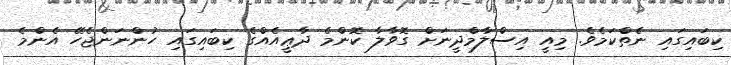
ކިބައިގައި ނެތްކަމެވެ. މިއީ އިސްލާމްދީނަށް ގޮވާލާ ކޮންމެ ދާޢީއެއްގެ ކިބައިގައި ހުންނަންޖެހޭ އެންމެ